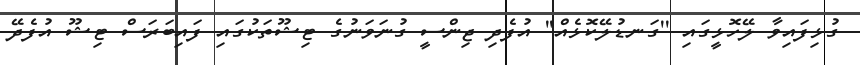
ގުޅިފައިވާ ލޭހޮޅީގައި ''ގަނޑުލޭކޮޅެއް'' އުފެދި ޖިންސީ ގުނަވަނުގެ ޓިޝޫތަކުގައި ފައިބަރަސް ޓިޝޫ އުފެދޭ